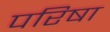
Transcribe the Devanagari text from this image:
परिषा